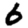
Digit: 6